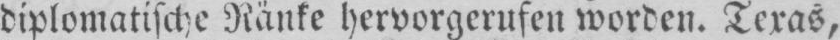
diplomatische Ränke hervorgerufen worden. Texas,